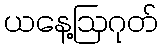
ယနေ့ဩဂုတ်